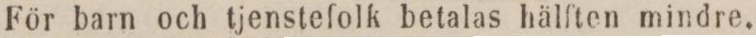
För barn och tjenstefolk betalas hälften mindre,